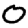
Digit: 0